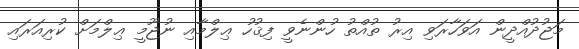
މަޖުދުއްދީން އަވަހާރަވި އިރު ތުއްތު ހުންނެވީ ފިޤުހު ޢިލްމާއި ނުޖޫމީ ޢިލްމަށް ކުރިއަރައި